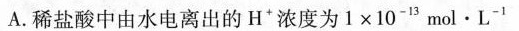
A.稀盐酸中由水电离出的H^{+}浓度为$$1 \times 1 0 ^ { - 1 3 } m o l \cdot L ^ { - 1 }$$